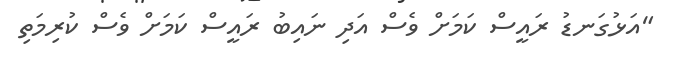
"އަޅުގަނޑު ރައީސް ކަމަށް ވެސް އަދި ނައިބު ރައީސް ކަމަށް ވެސް ކުރިމަތި